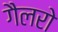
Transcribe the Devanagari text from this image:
गैलरो